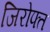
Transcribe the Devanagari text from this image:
जिरोफ्त